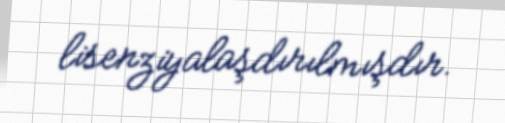
lisenziyalaşdırılmışdır.